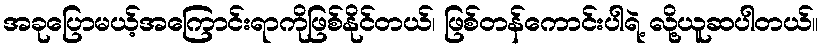
အခုပြောမယ့်အကြောင်းရာကိုဖြစ်နိုင်တယ်၊ ဖြစ်တန်ကောင်းပါရဲ့ လို့ယူဆပါတယ်။